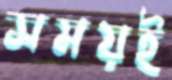
সময়ই